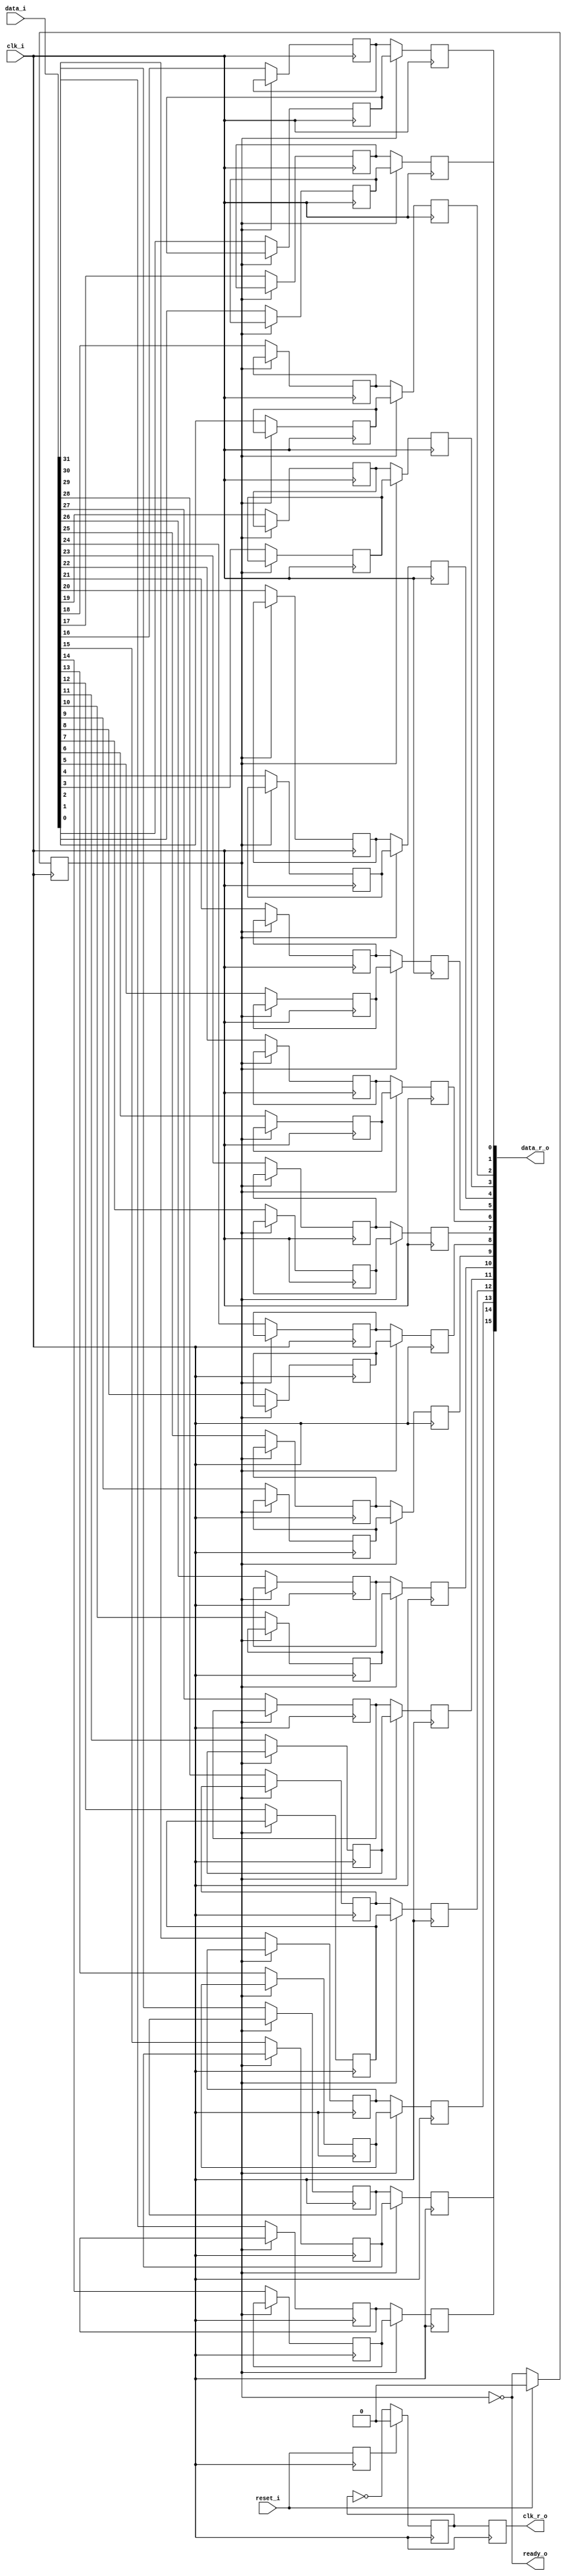
// This program was cloned from: https://github.com/chipsalliance/UHDM-integration-tests
// License: Apache License 2.0

/* Generated by Yosys 0.27+9 (git sha1 101d19bb6, gcc 11.2.0-7ubuntu2 -fPIC -Os) */

(* top =  1  *)

module bsg_link_oddr_phy(reset_i, clk_i, data_i, ready_o, data_r_o, clk_r_o);
  
  wire [15:0] _00_;
  
  wire _01_;
  
  input clk_i;
  wire clk_i;
  
  reg clk_r;
  
  output clk_r_o;
  reg clk_r_o;
  
  input [31:0] data_i;
  wire [31:0] data_i;
  
  reg [31:0] data_i_r;
  
  output [15:0] data_r_o;
  reg [15:0] data_r_o;
  
  reg odd_r;
  
  output ready_o;
  wire ready_o;
  
  input reset_i;
  wire reset_i;
  
  reg reset_i_r;
  assign _00_[0] = odd_r ? data_i_r[0] : data_i_r[16];
  assign _00_[1] = odd_r ? data_i_r[1] : data_i_r[17];
  assign _00_[2] = odd_r ? data_i_r[2] : data_i_r[18];
  assign _00_[3] = odd_r ? data_i_r[3] : data_i_r[19];
  assign _00_[4] = odd_r ? data_i_r[4] : data_i_r[20];
  assign _00_[5] = odd_r ? data_i_r[5] : data_i_r[21];
  assign _00_[6] = odd_r ? data_i_r[6] : data_i_r[22];
  assign _00_[7] = odd_r ? data_i_r[7] : data_i_r[23];
  assign _00_[8] = odd_r ? data_i_r[8] : data_i_r[24];
  assign _00_[9] = odd_r ? data_i_r[9] : data_i_r[25];
  assign _00_[10] = odd_r ? data_i_r[10] : data_i_r[26];
  assign _00_[11] = odd_r ? data_i_r[11] : data_i_r[27];
  assign _00_[12] = odd_r ? data_i_r[12] : data_i_r[28];
  assign _00_[13] = odd_r ? data_i_r[13] : data_i_r[29];
  assign _00_[14] = odd_r ? data_i_r[14] : data_i_r[30];
  assign _00_[15] = odd_r ? data_i_r[15] : data_i_r[31];
  assign ready_o = ~odd_r;
  assign _01_ = ~clk_r;
  (* \always_ff  = 32'd1 *)
  
  always @(posedge clk_i)
    if (!odd_r) data_i_r[0] <= data_i[0];
  (* \always_ff  = 32'd1 *)
  
  always @(posedge clk_i)
    if (!odd_r) data_i_r[1] <= data_i[1];
  (* \always_ff  = 32'd1 *)
  
  always @(posedge clk_i)
    if (!odd_r) data_i_r[2] <= data_i[2];
  (* \always_ff  = 32'd1 *)
  
  always @(posedge clk_i)
    if (!odd_r) data_i_r[3] <= data_i[3];
  (* \always_ff  = 32'd1 *)
  
  always @(posedge clk_i)
    if (!odd_r) data_i_r[4] <= data_i[4];
  (* \always_ff  = 32'd1 *)
  
  always @(posedge clk_i)
    if (!odd_r) data_i_r[5] <= data_i[5];
  (* \always_ff  = 32'd1 *)
  
  always @(posedge clk_i)
    if (!odd_r) data_i_r[6] <= data_i[6];
  (* \always_ff  = 32'd1 *)
  
  always @(posedge clk_i)
    if (!odd_r) data_i_r[7] <= data_i[7];
  (* \always_ff  = 32'd1 *)
  
  always @(posedge clk_i)
    if (!odd_r) data_i_r[8] <= data_i[8];
  (* \always_ff  = 32'd1 *)
  
  always @(posedge clk_i)
    if (!odd_r) data_i_r[9] <= data_i[9];
  (* \always_ff  = 32'd1 *)
  
  always @(posedge clk_i)
    if (!odd_r) data_i_r[10] <= data_i[10];
  (* \always_ff  = 32'd1 *)
  
  always @(posedge clk_i)
    if (!odd_r) data_i_r[11] <= data_i[11];
  (* \always_ff  = 32'd1 *)
  
  always @(posedge clk_i)
    if (!odd_r) data_i_r[12] <= data_i[12];
  (* \always_ff  = 32'd1 *)
  
  always @(posedge clk_i)
    if (!odd_r) data_i_r[13] <= data_i[13];
  (* \always_ff  = 32'd1 *)
  
  always @(posedge clk_i)
    if (!odd_r) data_i_r[14] <= data_i[14];
  (* \always_ff  = 32'd1 *)
  
  always @(posedge clk_i)
    if (!odd_r) data_i_r[15] <= data_i[15];
  (* \always_ff  = 32'd1 *)
  
  always @(posedge clk_i)
    if (!odd_r) data_i_r[16] <= data_i[16];
  (* \always_ff  = 32'd1 *)
  
  always @(posedge clk_i)
    if (!odd_r) data_i_r[17] <= data_i[17];
  (* \always_ff  = 32'd1 *)
  
  always @(posedge clk_i)
    if (!odd_r) data_i_r[18] <= data_i[18];
  (* \always_ff  = 32'd1 *)
  
  always @(posedge clk_i)
    if (!odd_r) data_i_r[19] <= data_i[19];
  (* \always_ff  = 32'd1 *)
  
  always @(posedge clk_i)
    if (!odd_r) data_i_r[20] <= data_i[20];
  (* \always_ff  = 32'd1 *)
  
  always @(posedge clk_i)
    if (!odd_r) data_i_r[21] <= data_i[21];
  (* \always_ff  = 32'd1 *)
  
  always @(posedge clk_i)
    if (!odd_r) data_i_r[22] <= data_i[22];
  (* \always_ff  = 32'd1 *)
  
  always @(posedge clk_i)
    if (!odd_r) data_i_r[23] <= data_i[23];
  (* \always_ff  = 32'd1 *)
  
  always @(posedge clk_i)
    if (!odd_r) data_i_r[24] <= data_i[24];
  (* \always_ff  = 32'd1 *)
  
  always @(posedge clk_i)
    if (!odd_r) data_i_r[25] <= data_i[25];
  (* \always_ff  = 32'd1 *)
  
  always @(posedge clk_i)
    if (!odd_r) data_i_r[26] <= data_i[26];
  (* \always_ff  = 32'd1 *)
  
  always @(posedge clk_i)
    if (!odd_r) data_i_r[27] <= data_i[27];
  (* \always_ff  = 32'd1 *)
  
  always @(posedge clk_i)
    if (!odd_r) data_i_r[28] <= data_i[28];
  (* \always_ff  = 32'd1 *)
  
  always @(posedge clk_i)
    if (!odd_r) data_i_r[29] <= data_i[29];
  (* \always_ff  = 32'd1 *)
  
  always @(posedge clk_i)
    if (!odd_r) data_i_r[30] <= data_i[30];
  (* \always_ff  = 32'd1 *)
  
  always @(posedge clk_i)
    if (!odd_r) data_i_r[31] <= data_i[31];
  (* \always_ff  = 32'd1 *)
  
  always @(posedge clk_i)
    data_r_o[0] <= _00_[0];
  (* \always_ff  = 32'd1 *)
  
  always @(posedge clk_i)
    data_r_o[1] <= _00_[1];
  (* \always_ff  = 32'd1 *)
  
  always @(posedge clk_i)
    data_r_o[2] <= _00_[2];
  (* \always_ff  = 32'd1 *)
  
  always @(posedge clk_i)
    data_r_o[3] <= _00_[3];
  (* \always_ff  = 32'd1 *)
  
  always @(posedge clk_i)
    data_r_o[4] <= _00_[4];
  (* \always_ff  = 32'd1 *)
  
  always @(posedge clk_i)
    data_r_o[5] <= _00_[5];
  (* \always_ff  = 32'd1 *)
  
  always @(posedge clk_i)
    data_r_o[6] <= _00_[6];
  (* \always_ff  = 32'd1 *)
  
  always @(posedge clk_i)
    data_r_o[7] <= _00_[7];
  (* \always_ff  = 32'd1 *)
  
  always @(posedge clk_i)
    data_r_o[8] <= _00_[8];
  (* \always_ff  = 32'd1 *)
  
  always @(posedge clk_i)
    data_r_o[9] <= _00_[9];
  (* \always_ff  = 32'd1 *)
  
  always @(posedge clk_i)
    data_r_o[10] <= _00_[10];
  (* \always_ff  = 32'd1 *)
  
  always @(posedge clk_i)
    data_r_o[11] <= _00_[11];
  (* \always_ff  = 32'd1 *)
  
  always @(posedge clk_i)
    data_r_o[12] <= _00_[12];
  (* \always_ff  = 32'd1 *)
  
  always @(posedge clk_i)
    data_r_o[13] <= _00_[13];
  (* \always_ff  = 32'd1 *)
  
  always @(posedge clk_i)
    data_r_o[14] <= _00_[14];
  (* \always_ff  = 32'd1 *)
  
  always @(posedge clk_i)
    data_r_o[15] <= _00_[15];
  (* \always_ff  = 32'd1 *)
  
  always @(negedge clk_i)
    clk_r_o <= clk_r;
  (* \always_ff  = 32'd1 *)
  
  always @(posedge clk_i)
    reset_i_r <= reset_i;
  (* \always_ff  = 32'd1 *)
  
  always @(negedge clk_i)
    if (reset_i_r) clk_r <= 1'h0;
    else clk_r <= _01_;
  (* \always_ff  = 32'd1 *)
  
  always @(posedge clk_i)
    if (reset_i) odd_r <= 1'h0;
    else odd_r <= ready_o;
endmodule